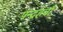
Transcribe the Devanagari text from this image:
पन्द्रहवाँ